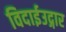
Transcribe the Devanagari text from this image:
विदाईउद्गार